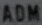
ADM